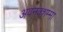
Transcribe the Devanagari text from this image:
अवनक्शम्मा